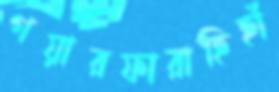
গয়ারফারাহিহাঁ